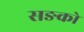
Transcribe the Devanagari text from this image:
सङको